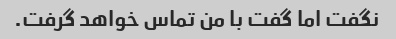
نگفت اما گفت با من تماس خواهد گرفت.